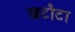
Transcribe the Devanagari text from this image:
खटौटा